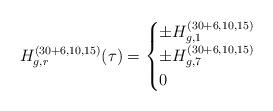
LaTeX: \begin{align*}H^{(30+6,10,15)}_{g,r}(\tau) =\begin{cases}\pm H^{(30+6,10,15)}_{g,1}& \\ \pm H^{(30+6,10,15)}_{g,7} &\\0& \end{cases}\end{align*}